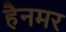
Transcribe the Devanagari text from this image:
हैनमर